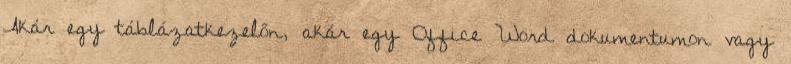
Akár egy táblázatkezelőn, akár egy Office Word dokumentumon vagy